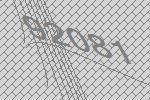
92081